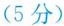
(5分)